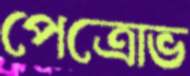
পেত্রোভ